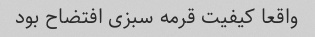
واقعا کیفیت قرمه سبزی افتضاح بود